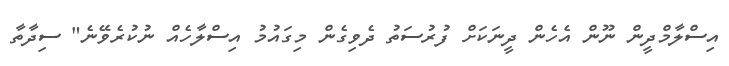
އިސްލާމްދީން ނޫން އެހެން ދީނަކަށް ފުރުސަތު ދެވިގެން މިގައުމު އިސްލާހެއް ނުކުރެވޭނެ" ސިދާތާ